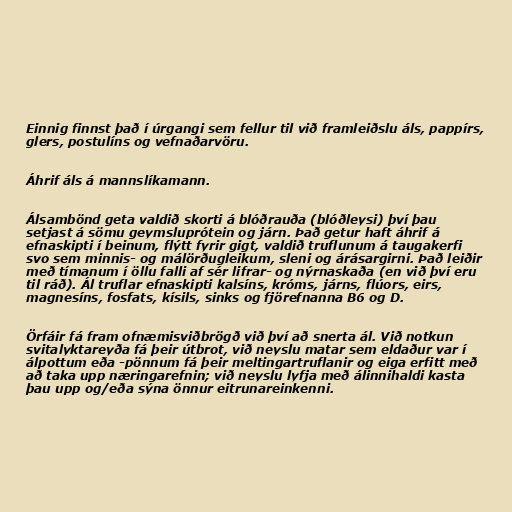
Einnig finnst það í úrgangi sem fellur til við framleiðslu áls, pappírs,
glers, postulíns og vefnaðarvöru.

Áhrif áls á mannslíkamann.

Álsambönd geta valdið skorti á blóðrauða (blóðleysi) því þau
setjast á sömu geymsluprótein og járn. Það getur haft áhrif á
efnaskipti í beinum, flýtt fyrir gigt, valdið truflunum á taugakerfi
svo sem minnis- og málörðugleikum, sleni og árásargirni. Það leiðir
með tímanum í öllu falli af sér lifrar- og nýrnaskaða (en við því eru
til ráð). Ál truflar efnaskipti kalsíns, króms, járns, flúors, eirs,
magnesíns, fosfats, kísils, sinks og fjörefnanna B6 og D.

Örfáir fá fram ofnæmisviðbrögð við því að snerta ál. Við notkun
svitalyktareyða fá þeir útbrot, við neyslu matar sem eldaður var í
álpottum eða -pönnum fá þeir meltingartruflanir og eiga erfitt með
að taka upp næringarefnin; við neyslu lyfja með álinnihaldi kasta
þau upp og/eða sýna önnur eitrunareinkenni.